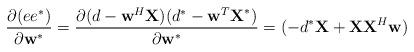
LaTeX: \begin{align*}\frac{\partial (ee^*)}{\partial \textbf{w}^*} = \frac{\partial (d-\textbf{w}^{H}\textbf{X})(d^*-\textbf{w}^{T}\textbf{X}^*) }{\partial \textbf{w}^*} = (-d^*\textbf{X} + \textbf{XX}^{H}\textbf{w})\end{align*}